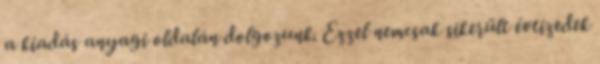
a kiadás anyagi oldalán dolgozunk. Ezzel nemcsak sikerült évtizedek